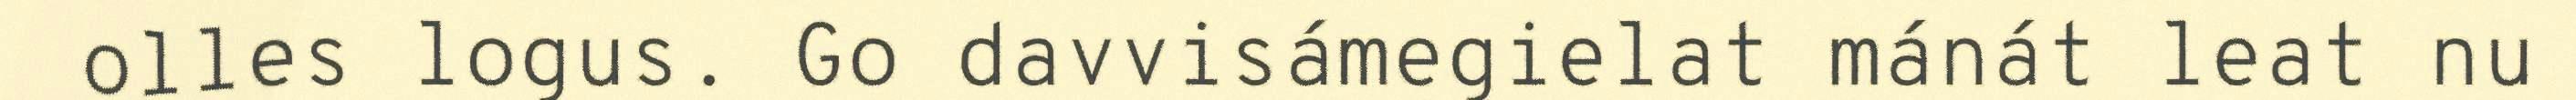
olles logus. Go davvisámegielat mánát leat nu